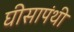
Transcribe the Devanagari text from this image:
घीसापंथी